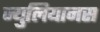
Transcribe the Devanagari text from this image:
ज्युलियानस